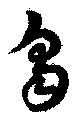
芻